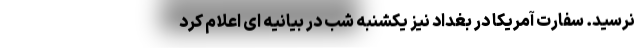
نرسید. سفارت آمریکا در بغداد نیز یکشنبه شب در بیانیه ای اعلام کرد